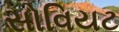
સોવિયટ